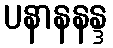
ပနာနနန္ဒ